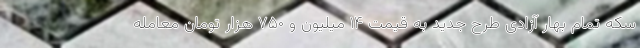
سکه تمام بهار آزادی طرح جدید به قیمت ۱۴ میلیون و ۷۵۰ هزار تومان معامله